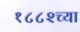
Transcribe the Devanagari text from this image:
१८८२च्या